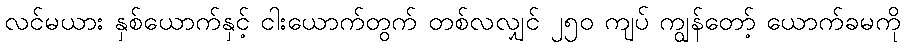
လင်မယား နှစ်ယောက်နှင့် ငါးယောက်တွက် တစ်လလျှင် ၂၅၀ ကျပ် ကျွန်တော့် ယောက်ခမကို